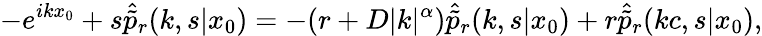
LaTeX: -e^{ikx_{0}}+s\hat{\tilde{p}}_{r}(k,s|x_{0})=-(r+D|k|^{\alpha})\hat{\tilde{p}}_{r}(k,s|x_{0})+r\hat{\tilde{p}}_{r}(kc,s|x_{0}),